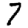
Digit: 7